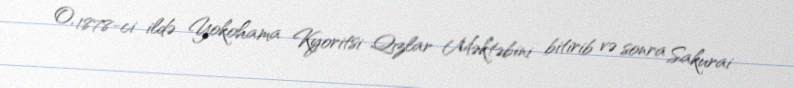
O, 1878-ci ildə Yokohama Kyoritsi Qızlar Məktəbini bitirib və sonra Sakurai